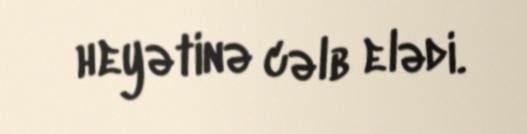
heyətinə cəlb elədi.